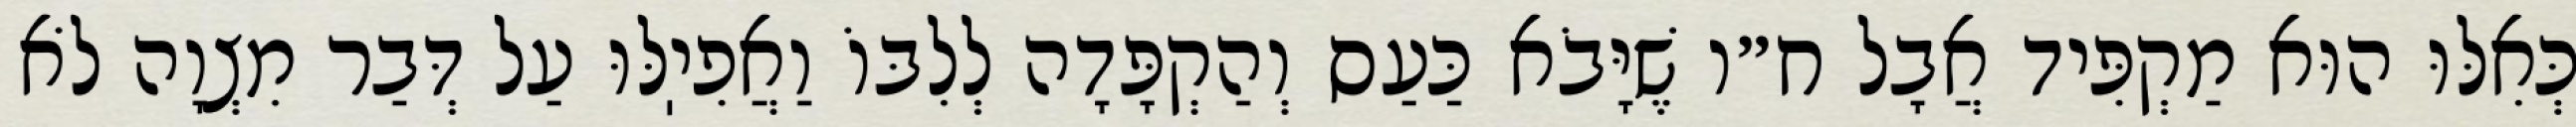
כְּאִלּוּ הוּא מַקְפִּיד אֲבָל ח״ו שֶׁיָּבֹא כַּעַס וְהַקְפָּדָה לְלִבּוֹ וַאֲפִיֽלּוּ עַל דְּבַר מִצְוָה לֹא